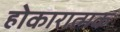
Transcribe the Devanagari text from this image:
होकारात्मक